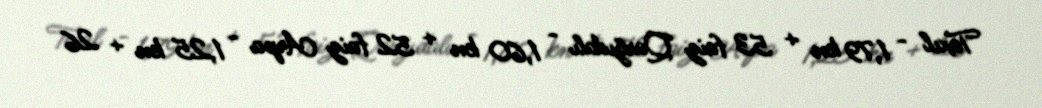
Taxıl - 1,79 kn + 53 faiz Qarğıdalı - 1,60 kn + 52 faiz Arpa - 1,25 kn + 26